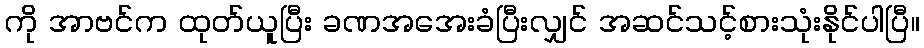
ကို အာဗင်က ထုတ်ယူပြီး ခဏအအေးခံပြီးလျှင် အဆင်သင့်စားသုံးနိုင်ပါပြီ။